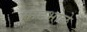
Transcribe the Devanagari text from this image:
भाडभोळे